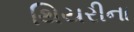
થિયરીના